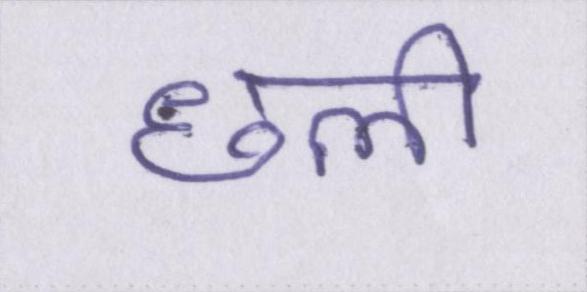
छली